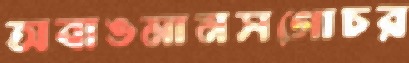
অবাঙমানসগোচর